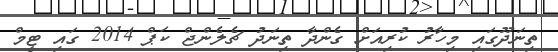
ތިނަދޫގައި މިހާރު ކުރިއަށް ގެންދާ ތިނަދު ޗެލެންޖް ކަޕް 2014 ގައި ޓީމް